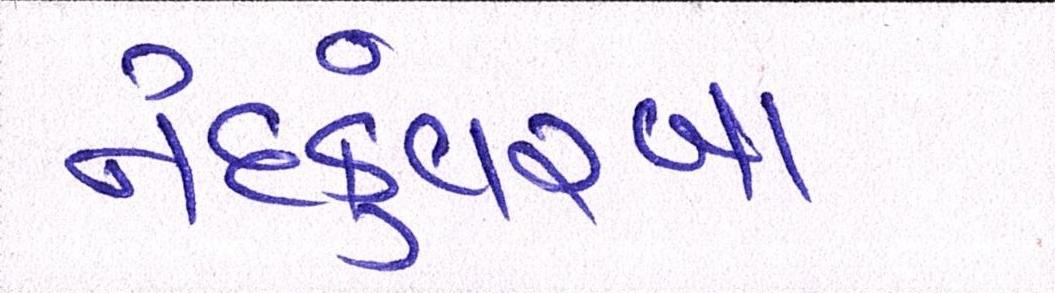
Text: નંદકુંવરબા